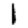
Digit: 1